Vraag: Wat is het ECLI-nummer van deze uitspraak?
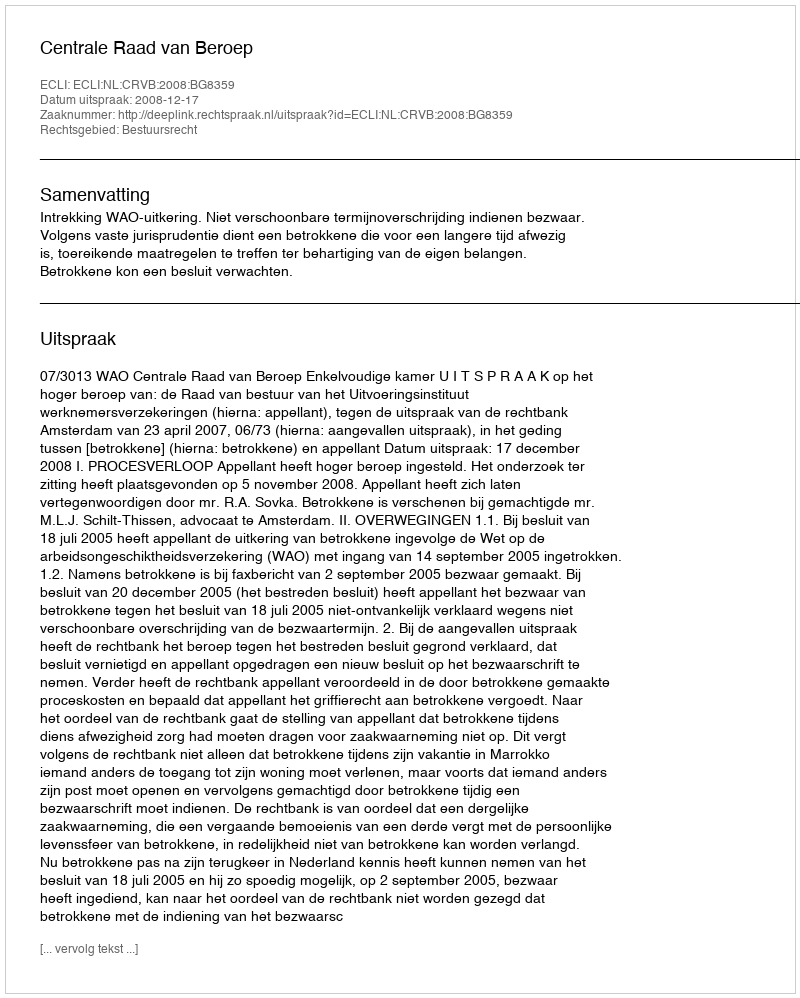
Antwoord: ECLI:NL:CRVB:2008:BG8359